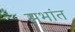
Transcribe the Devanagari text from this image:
सभांत